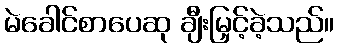
မဲခေါင်စာပေဆု ချီးမြှင့်ခဲ့သည်။